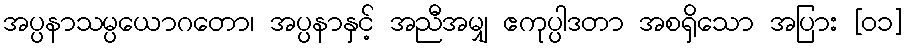
အပ္ပနာသမ္ပယောဂတော၊ အပ္ပနာနှင့် အညီအမျှ ဧကုပ္ပါဒတာ အစရှိသော အပြား [၀၁]